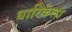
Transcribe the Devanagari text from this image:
धारिकेला